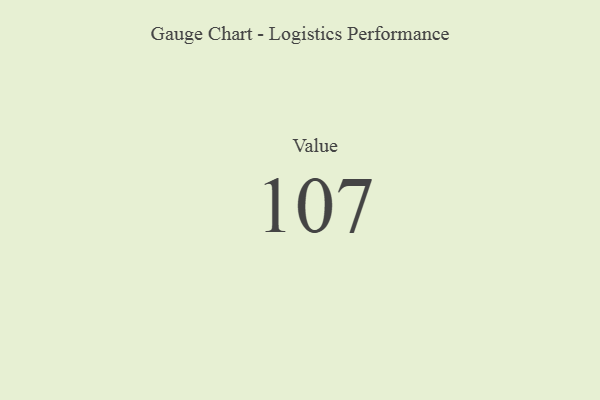
{"axis": {"x": "Metric", "y": "Value"}, "legend": [""], "data": [{"x": "Value", "y": 107, "type": ""}]}